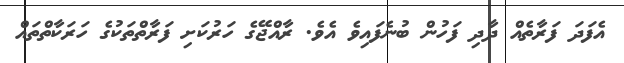
އެފަދަ ފަރާތެއް ދާދި ފަހުން ބުނެފައިވެ އެވެ. ރާއްޖޭގެ ހަރުކަށި ފަރާތްތަކުގެ ހަރަކާތްތައް